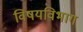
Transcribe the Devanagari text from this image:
विषयविभाग